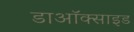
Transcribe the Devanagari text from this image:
डाऑक्साइड